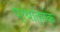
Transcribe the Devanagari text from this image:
प्रथात्मक